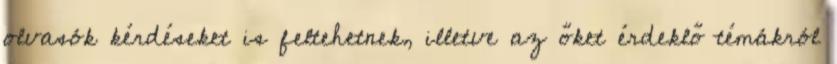
olvasók kérdéseket is feltehetnek, illetve az őket érdeklő témákról